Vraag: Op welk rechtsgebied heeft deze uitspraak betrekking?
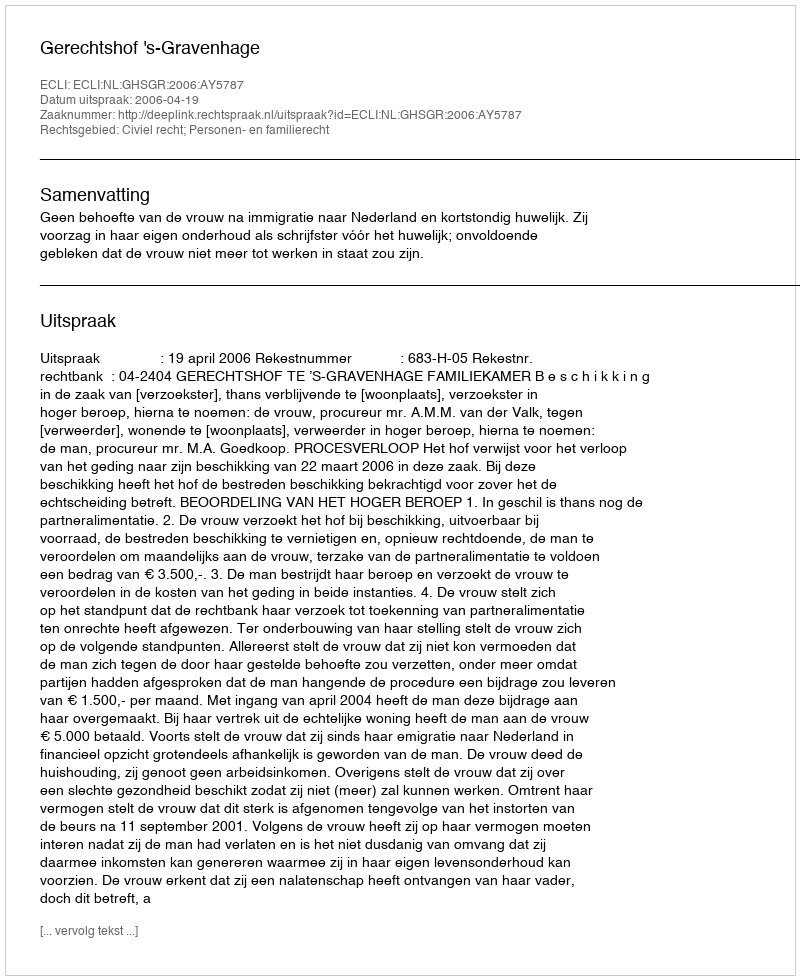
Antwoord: Civiel recht; Personen- en familierecht